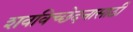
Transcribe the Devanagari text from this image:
शवविच्छेदनासाठी